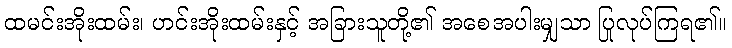
ထမင်းအိုးထမ်း၊ ဟင်းအိုးထမ်းနှင့် အခြားသူတို့၏ အစေအပါးမျှသာ ပြုလုပ်ကြရ၏။